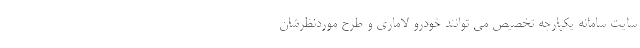
سایت سامانه یکپارچه تخصیص می توانند خودرو لاماری و طرح موردنظرشان